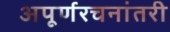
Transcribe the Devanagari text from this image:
अपूर्णरचनांतरी